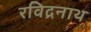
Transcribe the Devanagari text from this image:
रविद्रनाथ